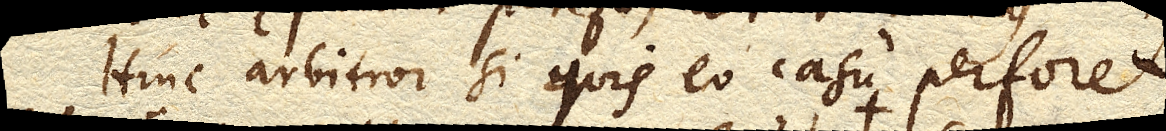
Hinc arbitror si quis eo casu perforet